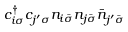
c _ { i \sigma } ^ { \dagger } c _ { j ^ { \prime } \sigma } n _ { i \bar { \sigma } } n _ { j \bar { \sigma } } \bar { n } _ { j ^ { \prime } \bar { \sigma } }